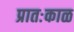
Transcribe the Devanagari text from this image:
प्रातःकाळ